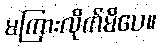
မကြားလိုက်မိပေ။